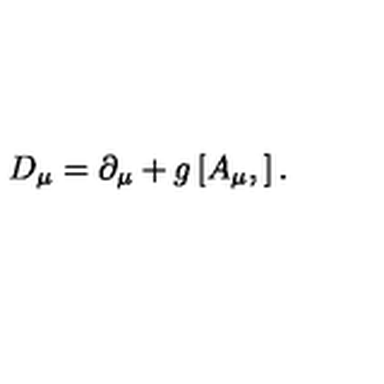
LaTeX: D _ { \mu } = \partial _ { \mu } + g \left[ A _ { \mu } , \right] .